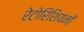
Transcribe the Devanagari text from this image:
रेटोरिशियनों